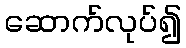
ဆောက်လုပ်၍